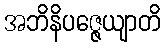
အဘိနိပဇ္ဇေယျာတိ